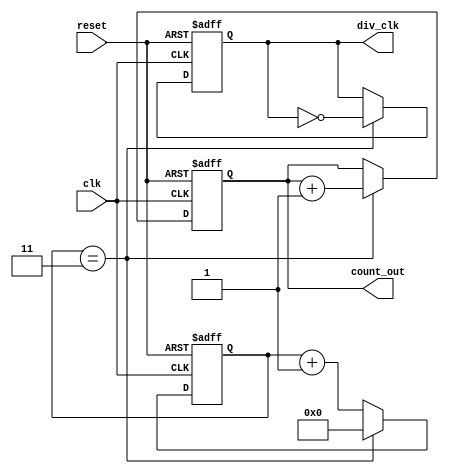
module frequency_divider_counter #(
    parameter N = 4  // Division factor, can be changed as needed
)(
    input wire clk,        // Input clock signal
    input wire reset,      // Asynchronous reset signal
    output reg div_clk,    // Divided clock output
    output reg [31:0] count_out // Count output
);

    reg [31:0] count;  // Counter register

    always @(posedge clk or posedge reset) begin
        if (reset) begin
            count <= 0;         // Reset counter
            div_clk <= 0;       // Reset output clock
            count_out <= 0;     // Reset count output
        end else begin
            if (N > 1) begin
                if (count == (N - 1)) begin
                    count <= 0;      // Reset count
                    div_clk <= ~div_clk; // Toggle output clock
                    count_out <= count_out + 1; // Increment cycle count
                end else begin
                    count <= count + 1; // Increment count
                end
            end else begin
                // Handle edge case for N <= 1
                div_clk <= clk;         // Output mirrors input clock
                count_out <= 0;        // Reset count output
                count <= 0;            // Reset counter
            end
        end
    end

endmodule